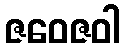
ဇဝေဇဝါ